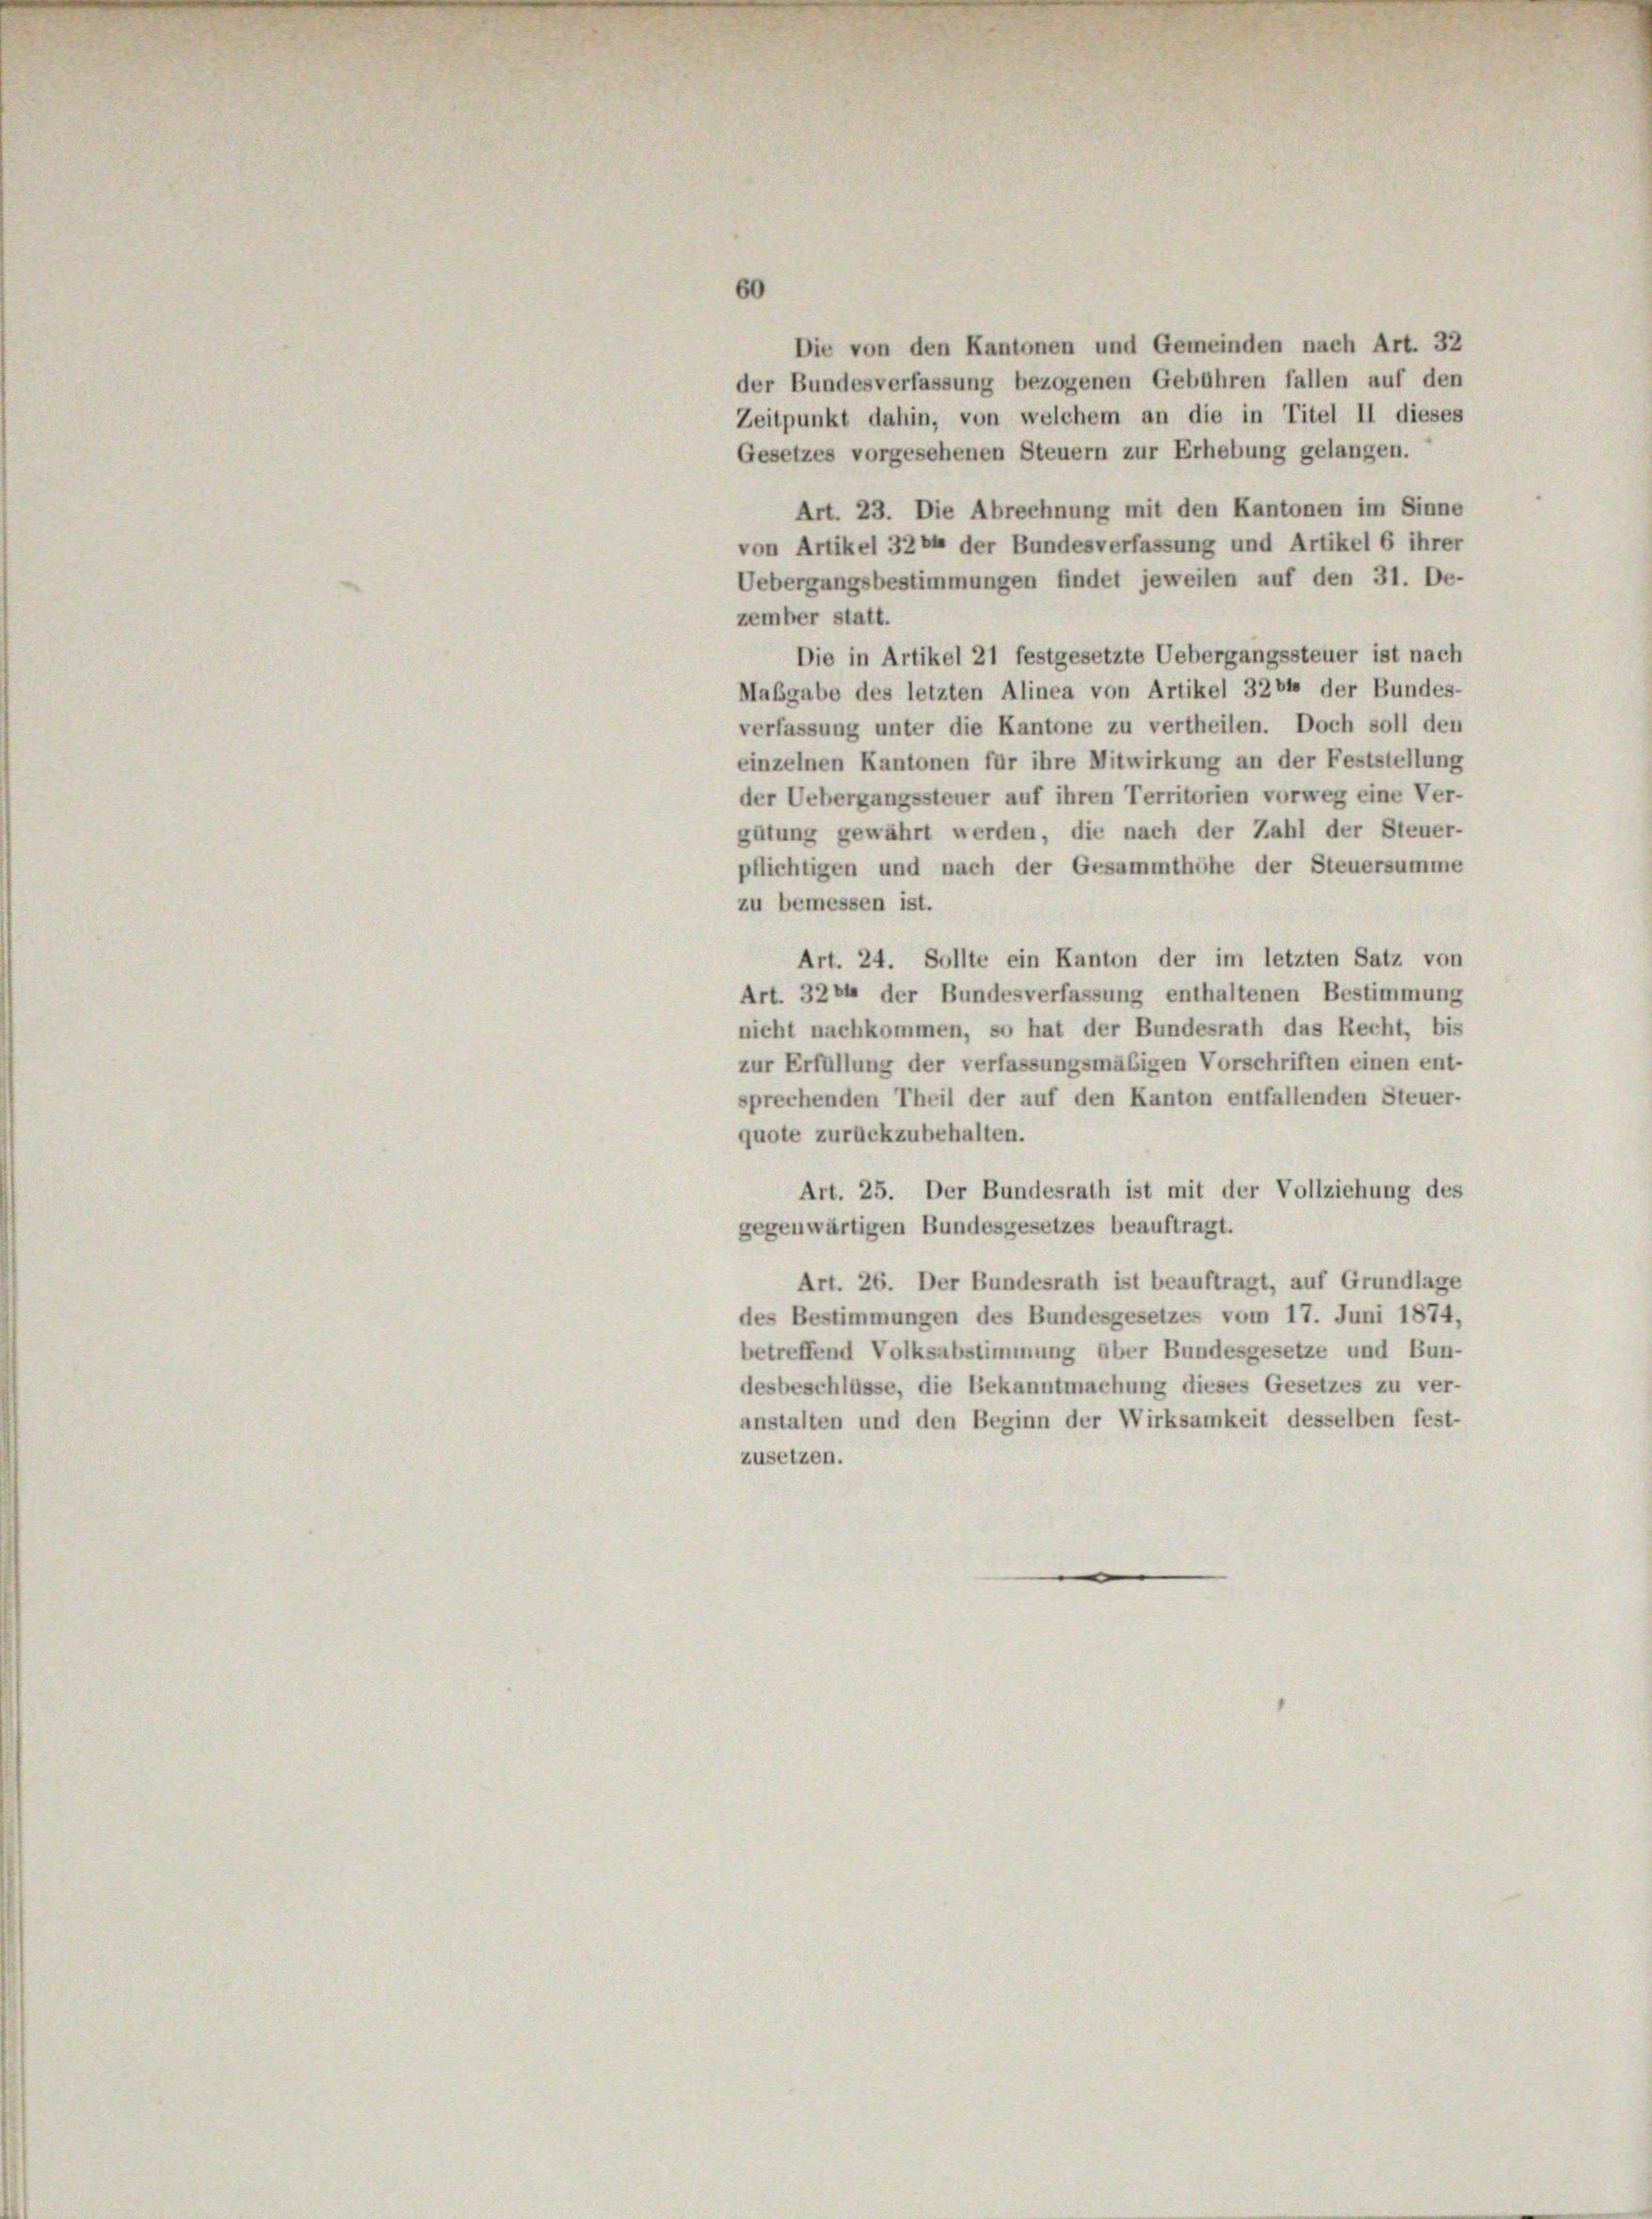
60

Die von den Kantonen und Gemeinden nach Art. 32
der Bundesverfassung bezogenen Gebühren fallen auf den
Zeitpunkt dahin, von welchem an die in Titel II dieses
Gesetzes vorgesehenen Steuern zur Erhebung gelangen.
Art. 23. Die Abrechnung mit den Kantonen im Sinne
von Artikel 3264 der Bundesverfassung und Artikel 6 ihrer
Uebergangsbestimmungen findet jeweilen auf den 31. De-
zember statt.
Die in Artikel 21 festgesetzte Uebergangssteuer ist nach
Maßgabe des letzten Alinea von Artikel 3264 der Bundes-
verfassung unter die Kantone zu vertheilen. Doch soll den
einzelnen Kantonen für ihre Mitwirkung an der Feststellung
der Uebergangssteuer auf ihren Territorien vorweg eine Ver-
gütung gewährt werden, die nach der Zahl der Steuer-
pflichtigen und nach der Gesammthöhe der Steuersumme
zu bemessen ist.
Art. 24. Sollte ein Kanton der im letzten Satz von
Art. 3264 der Bundesverfassung enthaltenen Bestimmung
nicht nachkommen, so hat der Bundesrath das Recht, bis
zur Erfüllung der verfassungsmäßigen Vorschriften einen ent-
sprechenden Theil der auf den Kanton entfallenden Steuer-
quote zurückzubehalten.
Art. 25. Der Bundesrath ist mit der Vollziehung des
gegenwärtigen Bundesgesetzes beauftragt.
Art. 26. Der Bundesrath ist beauftragt, auf Grundlage
des Bestimmungen des Bundesgesetzes vom 17. Juni 1874,
betreffend Volksabstimmung über Bundesgesetze und Bun-
desbeschlüsse, die Bekanntmachung dieses Gesetzes zu ver-
anstalten und den Beginn der Wirksamkeit desselben fest-
zusetzen.